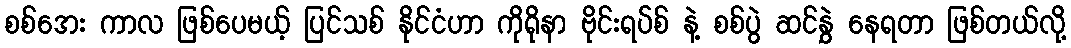
စစ်အေး ကာလ ဖြစ်ပေမယ့် ပြင်သစ် နိုင်ငံဟာ ကိုရိုနာ ဗိုင်းရပ်စ် နဲ့ စစ်ပွဲ ဆင်နွှဲ နေရတာ ဖြစ်တယ်လို့